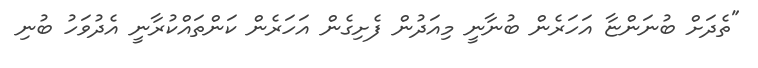
"ތެދަށް ބުނަންޏާ އަހަރެން ބުނާނީ މިއަދުން ފެށިގެން އަހަރެން ކަންތައްކުރާނީ އެދުވަހު ބުނި